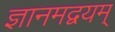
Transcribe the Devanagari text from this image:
ज्ञानमद्वयम्‌